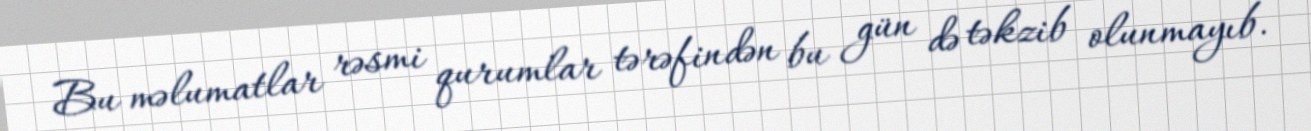
Bu məlumatlar rəsmi qurumlar tərəfindən bu gün də təkzib olunmayıb.